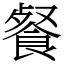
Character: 餐